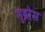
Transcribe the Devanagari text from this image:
मुद्रोस